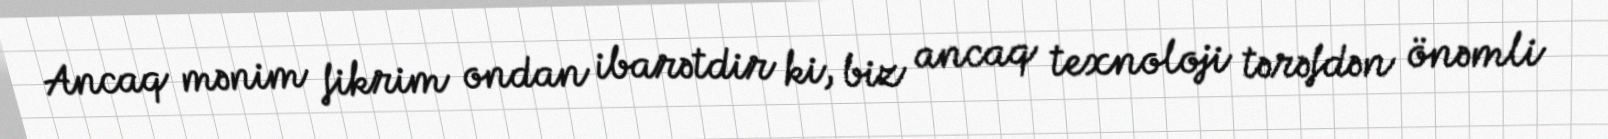
Ancaq mənim fikrim ondan ibarətdir ki, biz ancaq texnoloji tərəfdən önəmli